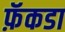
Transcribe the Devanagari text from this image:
फ़ॅकडा